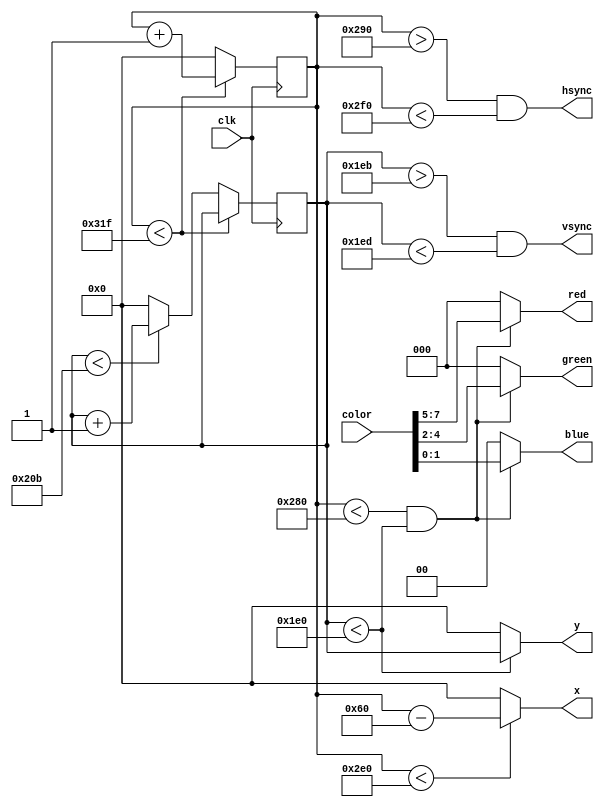
`timescale 1ns / 1ps
//////////////////////////////////////////////////////////////////////////////////
// Company: 
// Engineer: 
// 
// Design Name: 
// Module Name:    vga 
// Project Name: 
// Target Devices: 
// Tool versions: 
// Description: 
//
// Dependencies: 
//
// Revision: 
// Revision 0.01 - File Created
// Additional Comments: 
//
//////////////////////////////////////////////////////////////////////////////////
module vga_driver(clk, color, hsync, vsync, red, green, blue, x, y);
	// VGA signal explanation and timing values for specific modes:
	// http://www-mtl.mit.edu/Courses/6.111/labkit/vga.shtml

	// 640x480 @ 60Hz, 25MHz pixel clock
	parameter H_ACTIVE = 640;
	parameter H_FRONT = 16;
	parameter H_PULSE = 96;
	parameter H_BACK = 48;
	parameter V_ACTIVE = 480;
	parameter V_FRONT = 11;
	parameter V_PULSE = 2;
	parameter V_BACK = 31;
/*	
	//800x600 @ 72Hz, 50 MHz pixel clock	
	parameter H_ACTIVE = 800;
	parameter H_FRONT  = 56;
	parameter H_PULSE  = 120;
	parameter H_BACK   = 64;
	parameter V_ACTIVE = 600;
	parameter V_FRONT  = 37;
	parameter V_PULSE  = 6;
	parameter V_BACK   = 23;	
*/
	input clk;
	input [7:0] color;
	
	output hsync, vsync;
	output [9:0] x, y;
	output [2:0] red, green;
	output [1:0] blue;
	
	reg [9:0] h_count;
	reg [9:0] v_count;
	
	always @(posedge clk)
	begin
		if (h_count < H_ACTIVE + H_FRONT + H_PULSE + H_BACK - 1)
			// Increment horizontal count for each tick of the pixel clock
			h_count <= h_count + 1;
		else
		begin
			// At the end of the line, reset horizontal count and increment vertical
			h_count <= 0;
			if (v_count < V_ACTIVE + V_FRONT + V_PULSE + V_BACK - 1)
				v_count <= v_count + 1;
			else
				// At the end of the frame, reset vertical count
				v_count <= 0;
		end
	end
	
	// Generate horizontal and vertical sync pulses at the appropriate time
	assign hsync = h_count > H_ACTIVE + H_FRONT && h_count < H_ACTIVE + H_FRONT + H_PULSE;
	assign vsync = v_count > V_ACTIVE + V_FRONT && v_count < V_ACTIVE + V_FRONT + V_PULSE;
	
	// Output x and y coordinates
	assign x = h_count < H_ACTIVE + H_PULSE ? h_count - H_PULSE : 0;
	assign y = v_count < V_ACTIVE ? v_count : 0;

	// Generate separate RGB signals from different parts of color byte
	// Output black during horizontal and vertical blanking intervals
	assign red = h_count < H_ACTIVE && v_count < V_ACTIVE ? color[7:5] : 3'b0;
	assign green = h_count < H_ACTIVE && v_count < V_ACTIVE ? color[4:2] : 3'b0;
	assign blue = h_count < H_ACTIVE && v_count < V_ACTIVE ? color[1:0] : 2'b0;
endmodule

module munching_squares(x, y, vsync, color);
	// Munching squares: http://en.wikipedia.org/wiki/Munching_square
	input [9:0] x, y;
	input vsync;
	
	output [7:0] color;

	reg [10:0] frame;
	wire [9:0] limit;
	
	// We count the frames after each vsync signal
	always @(negedge vsync) frame <= frame + 1;	
	
	// Use frame count to generate an up-down counter for munching
	assign limit = frame[10] ? frame[9:0] : ~frame[9:0];
	
	// Assign color based on xor of x and y coordinates. If coordinates
	// are greater than limit, use black instead to create munching animation
	assign color = (x ^ y) < limit ? ((x ^ y) >> 2) : 9'b0;	
endmodule